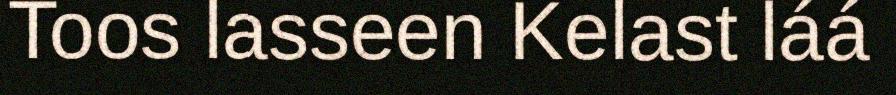
Toos lasseen Kelast láá